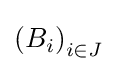
\left(B_{i}\right)_{i\in J}